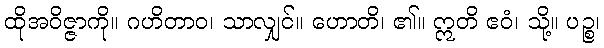
ထိုအဝိဇ္ဇာကို။ ဂဟိတာဝ၊ သာလျှင်။ ဟောတိ၊ ၏။ ဣတိ ဧဝံ၊ သို့။ ပဉ္စ၊